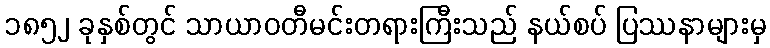
၁၈၅၂ ခုနှစ်တွင် သာယာဝတီမင်းတရားကြီးသည် နယ်စပ် ပြဿနာများမှ